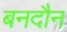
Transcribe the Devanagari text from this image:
बनदौन